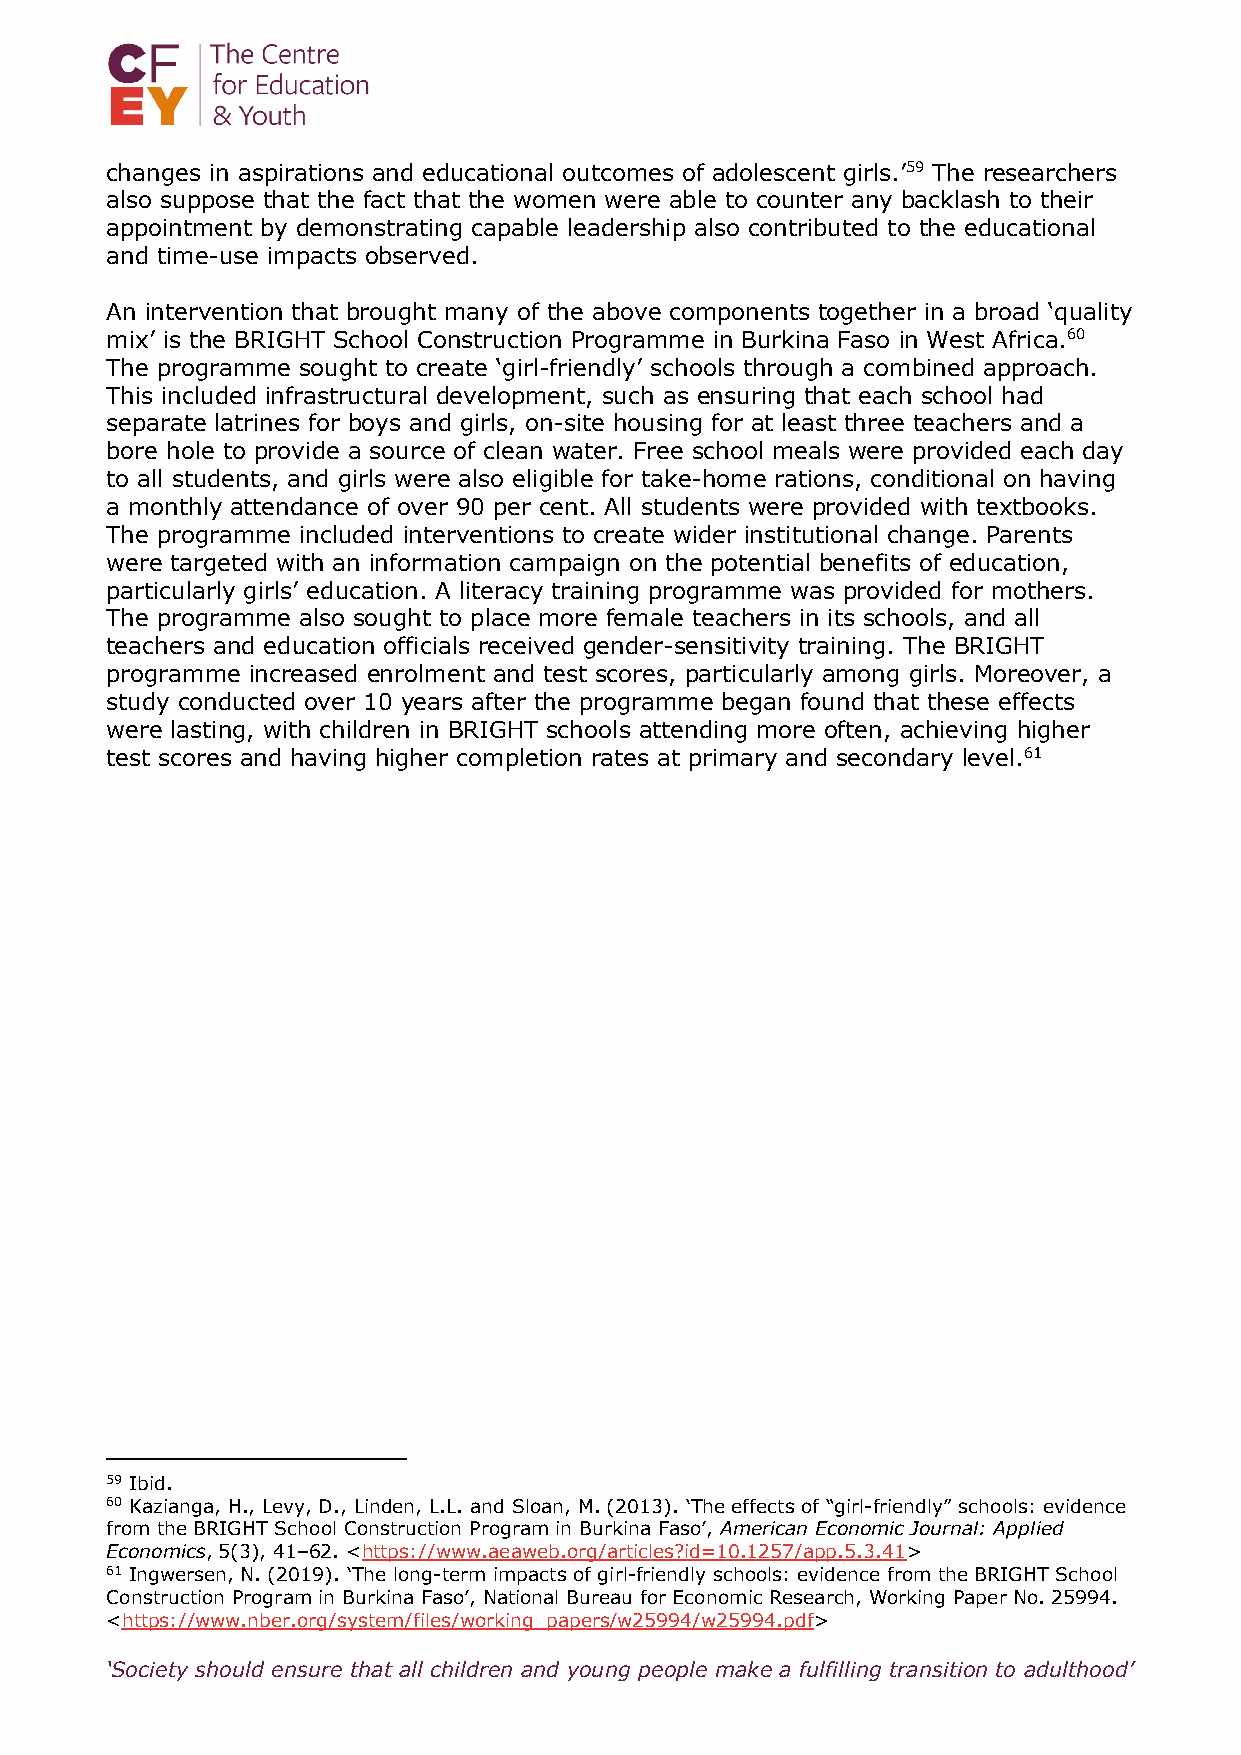
changes in aspirations and educational outcomes of adolescent girls.’59 The researchers
 also suppose that the fact that the women were able to counter any backlash to their
 appointment by demonstrating capable leadership also contributed to the educational
 and time-use impacts observed.
 An intervention that brought many of the above components together in a broad ‘quality
 mix’ is the BRIGHT School Construction Programme in Burkina Faso in West Africa.60
 The programme sought to create ‘girl-friendly’ schools through a combined approach.
 This included infrastructural development, such as ensuring that each school had
 separate latrines for boys and girls, on-site housing for at least three teachers and a
 bore hole to provide a source of clean water. Free school meals were provided each day
 to all students, and girls were also eligible for take-home rations, conditional on having
 a monthly attendance of over 90 per cent. All students were provided with textbooks.
 The programme included interventions to create wider institutional change. Parents
 were targeted with an information campaign on the potential benefits of education,
 particularly girls’ education. A literacy training programme was provided for mothers.
 The programme also sought to place more female teachers in its schools, and all
 teachers and education officials received gender-sensitivity training. The BRIGHT
 programme increased enrolment and test scores, particularly among girls. Moreover, a
 study conducted over 10 years after the programme began found that these effects
 were lasting, with children in BRIGHT schools attending more often, achieving higher
 test scores and having higher completion rates at primary and secondary level.61
 59 Ibid.
 60 Kazianga, H., Levy, D., Linden, L.L. and Sloan, M. (2013). ‘The effects of “girl-friendly” schools: evidence
 from the BRIGHT School Construction Program in Burkina Faso’, American Economic Journal: Applied
 Economics, 5(3), 41–62. <https://www.aeaweb.org/articles?id=10.1257/app.5.3.41>
 61 Ingwersen, N. (2019). ‘The long-term impacts of girl-friendly schools: evidence from the BRIGHT School
 Construction Program in Burkina Faso’, National Bureau for Economic Research, Working Paper No. 25994.
 <https://www.nber.org/system/files/working_papers/w25994/w25994.pdf>
 ‘Society should ensure that all children and young people make a fulfilling transition to adulthood’